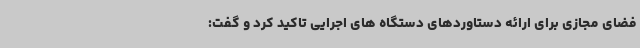
فضای مجازی برای ارائه دستاوردهای دستگاه های اجرایی تاکید کرد و گفت: